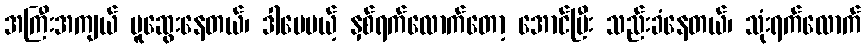
အကြီးအကျယ် ပူဆွေးနေတယ်၊ ဒါပေမယ့် နှစ်ရက်လောက်တော့ အောင်ပြီး သည်းခံနေတယ်၊ သုံးရက်လောက်